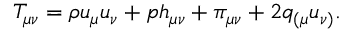
T _ { \mu \nu } = \rho u _ { \mu } u _ { \nu } + p h _ { \mu \nu } + \pi _ { \mu \nu } + 2 q _ { ( \mu } u _ { \nu ) } .